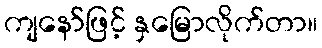
ကျနော်ဖြင့် နှမြောလိုက်တာ။